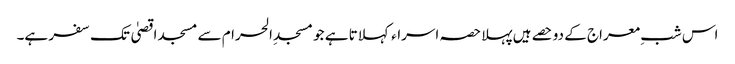
اس شبِ معراج کے دو حصے ہیں پہلا حصہ اسراء کہلاتا ہے جو مسجدِ الحرام سے مسجد اقصیٰ تک سفر ہے۔